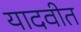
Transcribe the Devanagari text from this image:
यादवीत